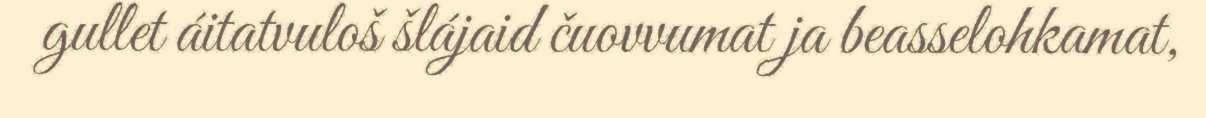
gullet áitatvuloš šlájaid čuovvumat ja beasselohkamat,